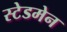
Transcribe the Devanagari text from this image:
स्टेडमेन